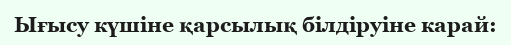
Ығысу күшіне қарсылық білдіруіне карай: